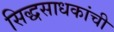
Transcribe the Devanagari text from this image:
सिद्धसाधकांची